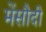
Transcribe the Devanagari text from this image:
मेंसौदी